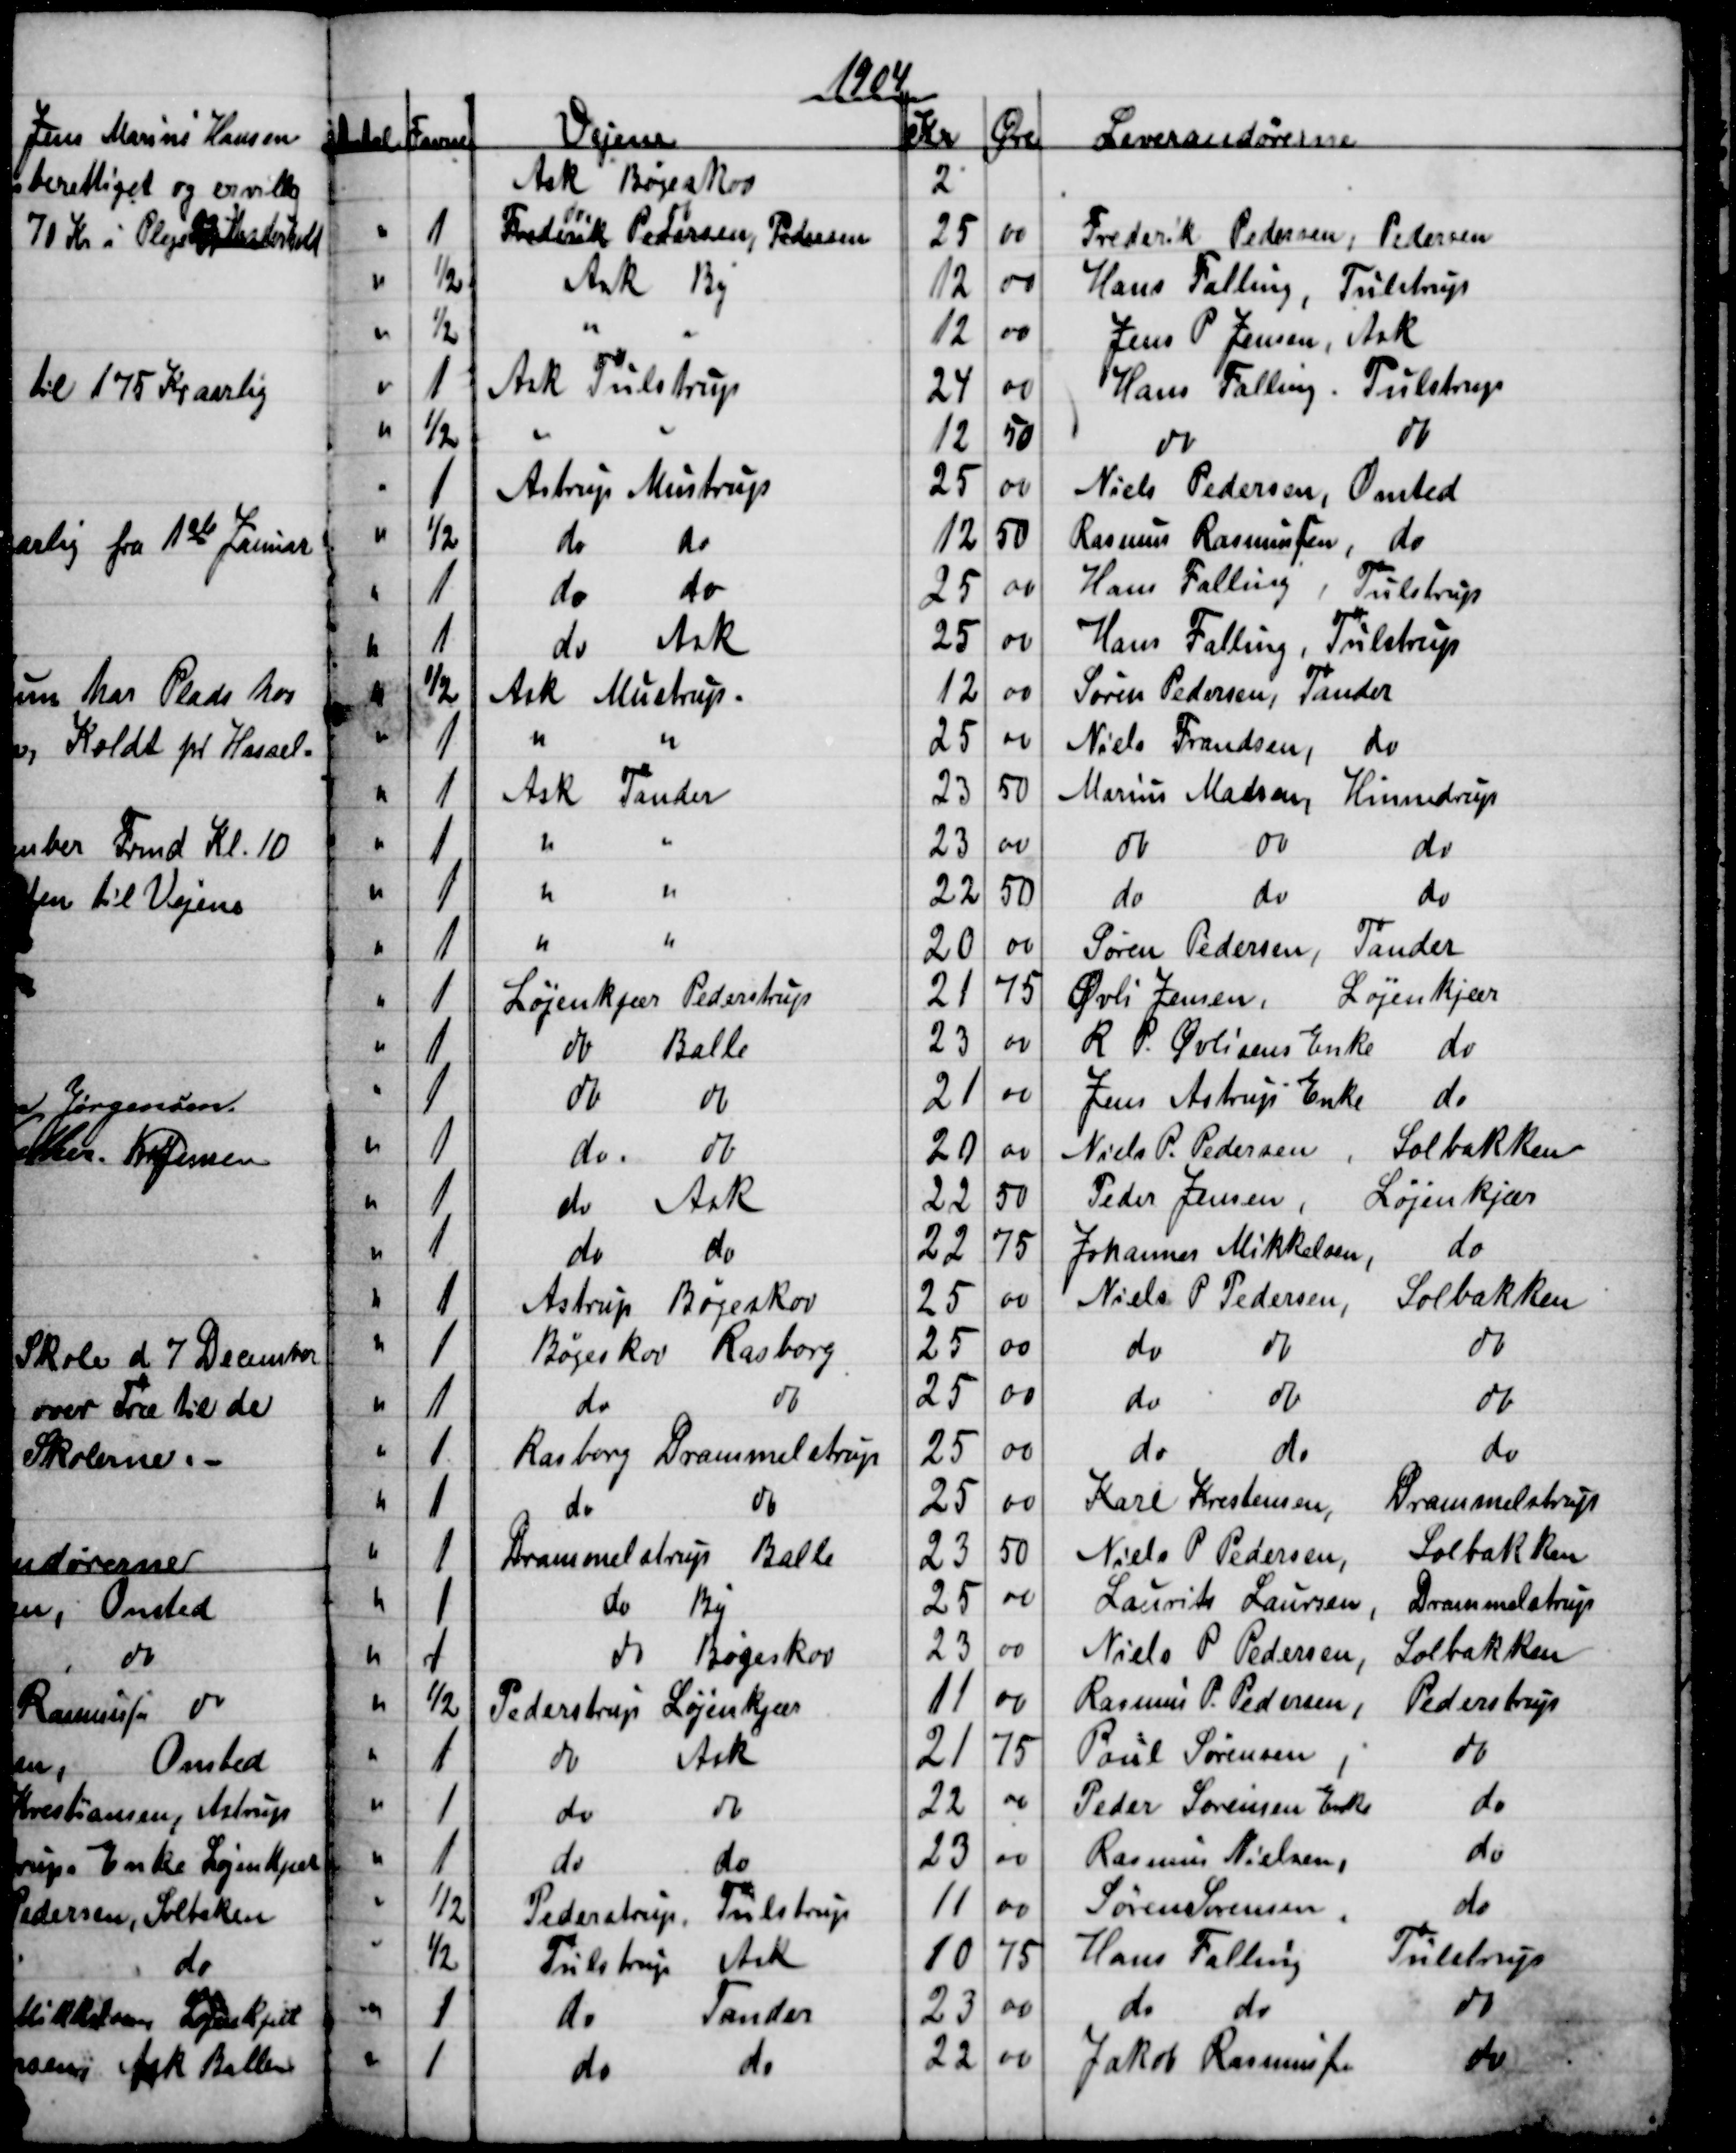
Transskription:
1904
Antal
Favne
Vejene
Kr
Øre
Leverandørerne
Ask Bøgeskov
2
1
Frederik Pedersen Pedersen
do
do
25
00
Frederik Pedersen, Pedersen
½
Ask By
12
00
Hans Falling, Tulstrup
½
12
00
Jens P Jensen, Ask
1
Ask Tulstrup
24
00
Hans Falling. Tulstrup
½
12
50
do
do
1
Astrup Mustrup
25
00
Niels Pedersen, Onsted
½
do
do
12
50
Rasmus Rasmussen, do
1
do
do
25
00
Hans Falling
Tulstrup
1
do 
Ask
25
00
Hans Falling, Tulstrup
½
Ask Mustrup.
12
00
Søren Pedersen, Tander
1
25
00
Niels Frandsen
do
1
Ask Tander
23
50
Marius Madsen, Hinnedrup
1
23
00
do
do
do
1
22
50
do
do
do
1
20
00
Søren Pedersen Tander
1
Løjenkjær Pederstrup
21
75
Øvli Jensen,
Løjenkjær
1
do Balle
23
00
R. P. Øvlisens Enke
do
1
do
do
21
00
Jens Astrup Enke
do
1
do
do
20
00
Niels P. Pedersen
Solbakken
1
do 
Ask
22
50
Peder Jensen
Løjenkjær
1
do
do
22
75
Johannes Mikkelsen
do
1
Astrup Bøgeskov
25
00
Niels P Pedersen
Solbakken
1
Bøgeskov Rasborg
25
00
do
do
do
1
do
do
25
00
do
do
do
1.
Rasborg Drammelstrup
25
00
do
do
do
1
do
do
25
00
Karl Kristensen,
Drammelstrup
1
Drammelstrup Balle
23
50
Niels P Pedersen,
Solbakken
1
do By
25
00
Laurits Laursen
Drammelstrup
1
do Bøgeskov
23
00
Niels P. Pedersen,
Solbakken
½
Pederstrup Løjenkjær
11
00
Rasmus P. Pedersen
Pederstrup
1
do
Ask
21
75
Poul Sørensen
do
1
do
do
22
00
Peder Sørensen Enke
do
1
do
do
23
00
Rasmus Nielsen
do
½
Pederstrup
Tulstrup
11
00
Søren Sørensen
do
½
Tulstrup
Ask
10
75
Hans Falling
Tulstrup
1
do
Tander
23
00
do 
do
do
1
do
do
22
00
Jakob Rasmussen
do